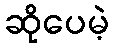
ဆိုပေမဲ့